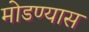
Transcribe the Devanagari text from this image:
मोडण्यास